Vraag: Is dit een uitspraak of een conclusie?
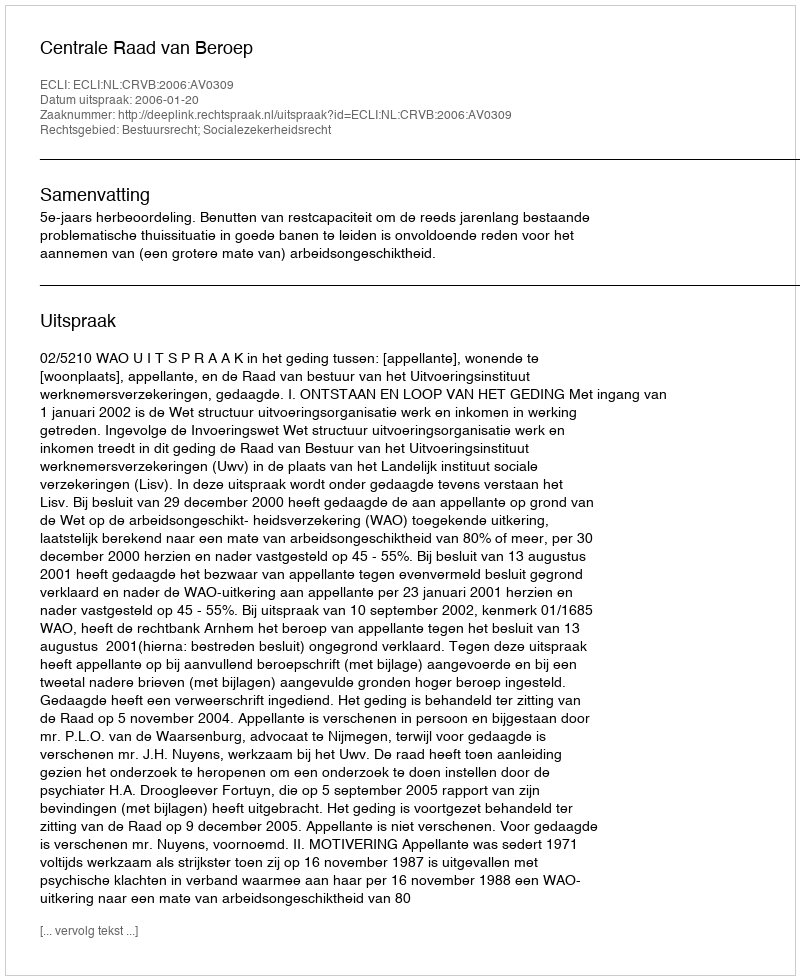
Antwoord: Uitspraak